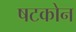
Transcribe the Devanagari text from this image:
षटकोन